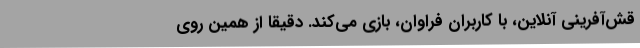
قش‌آفرینی آنلاین، با کاربران فراوان، بازی می‌کند. دقیقاً از همین روی